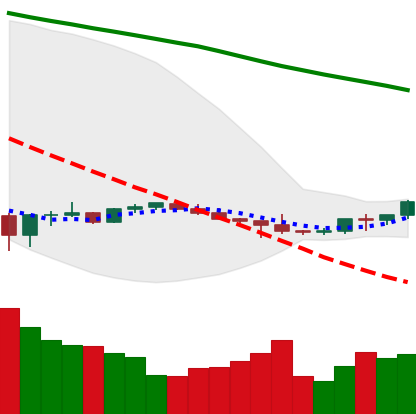
Ticker: BTC-USD
Chart end date: 2022-07-07
Forward return: -10.693%
Label: down_7plus